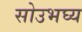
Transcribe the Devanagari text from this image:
सोउभघ्य